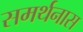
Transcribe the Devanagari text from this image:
समर्थनास